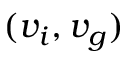
( v _ { i } , v _ { g } )